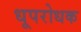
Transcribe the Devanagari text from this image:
धूपरोधक